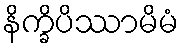
နိက္ခိပိဿာမိမံ